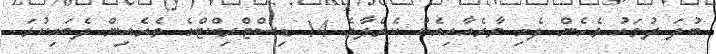
ބުދަ ދުވަހު ވެހެން ފެށި ވާރެއާއިއެކު ކެރެލާގެ 14 ޑިސްޓްރިކްޓްގެ ތެރެއިން ދެބައިކުޅަ